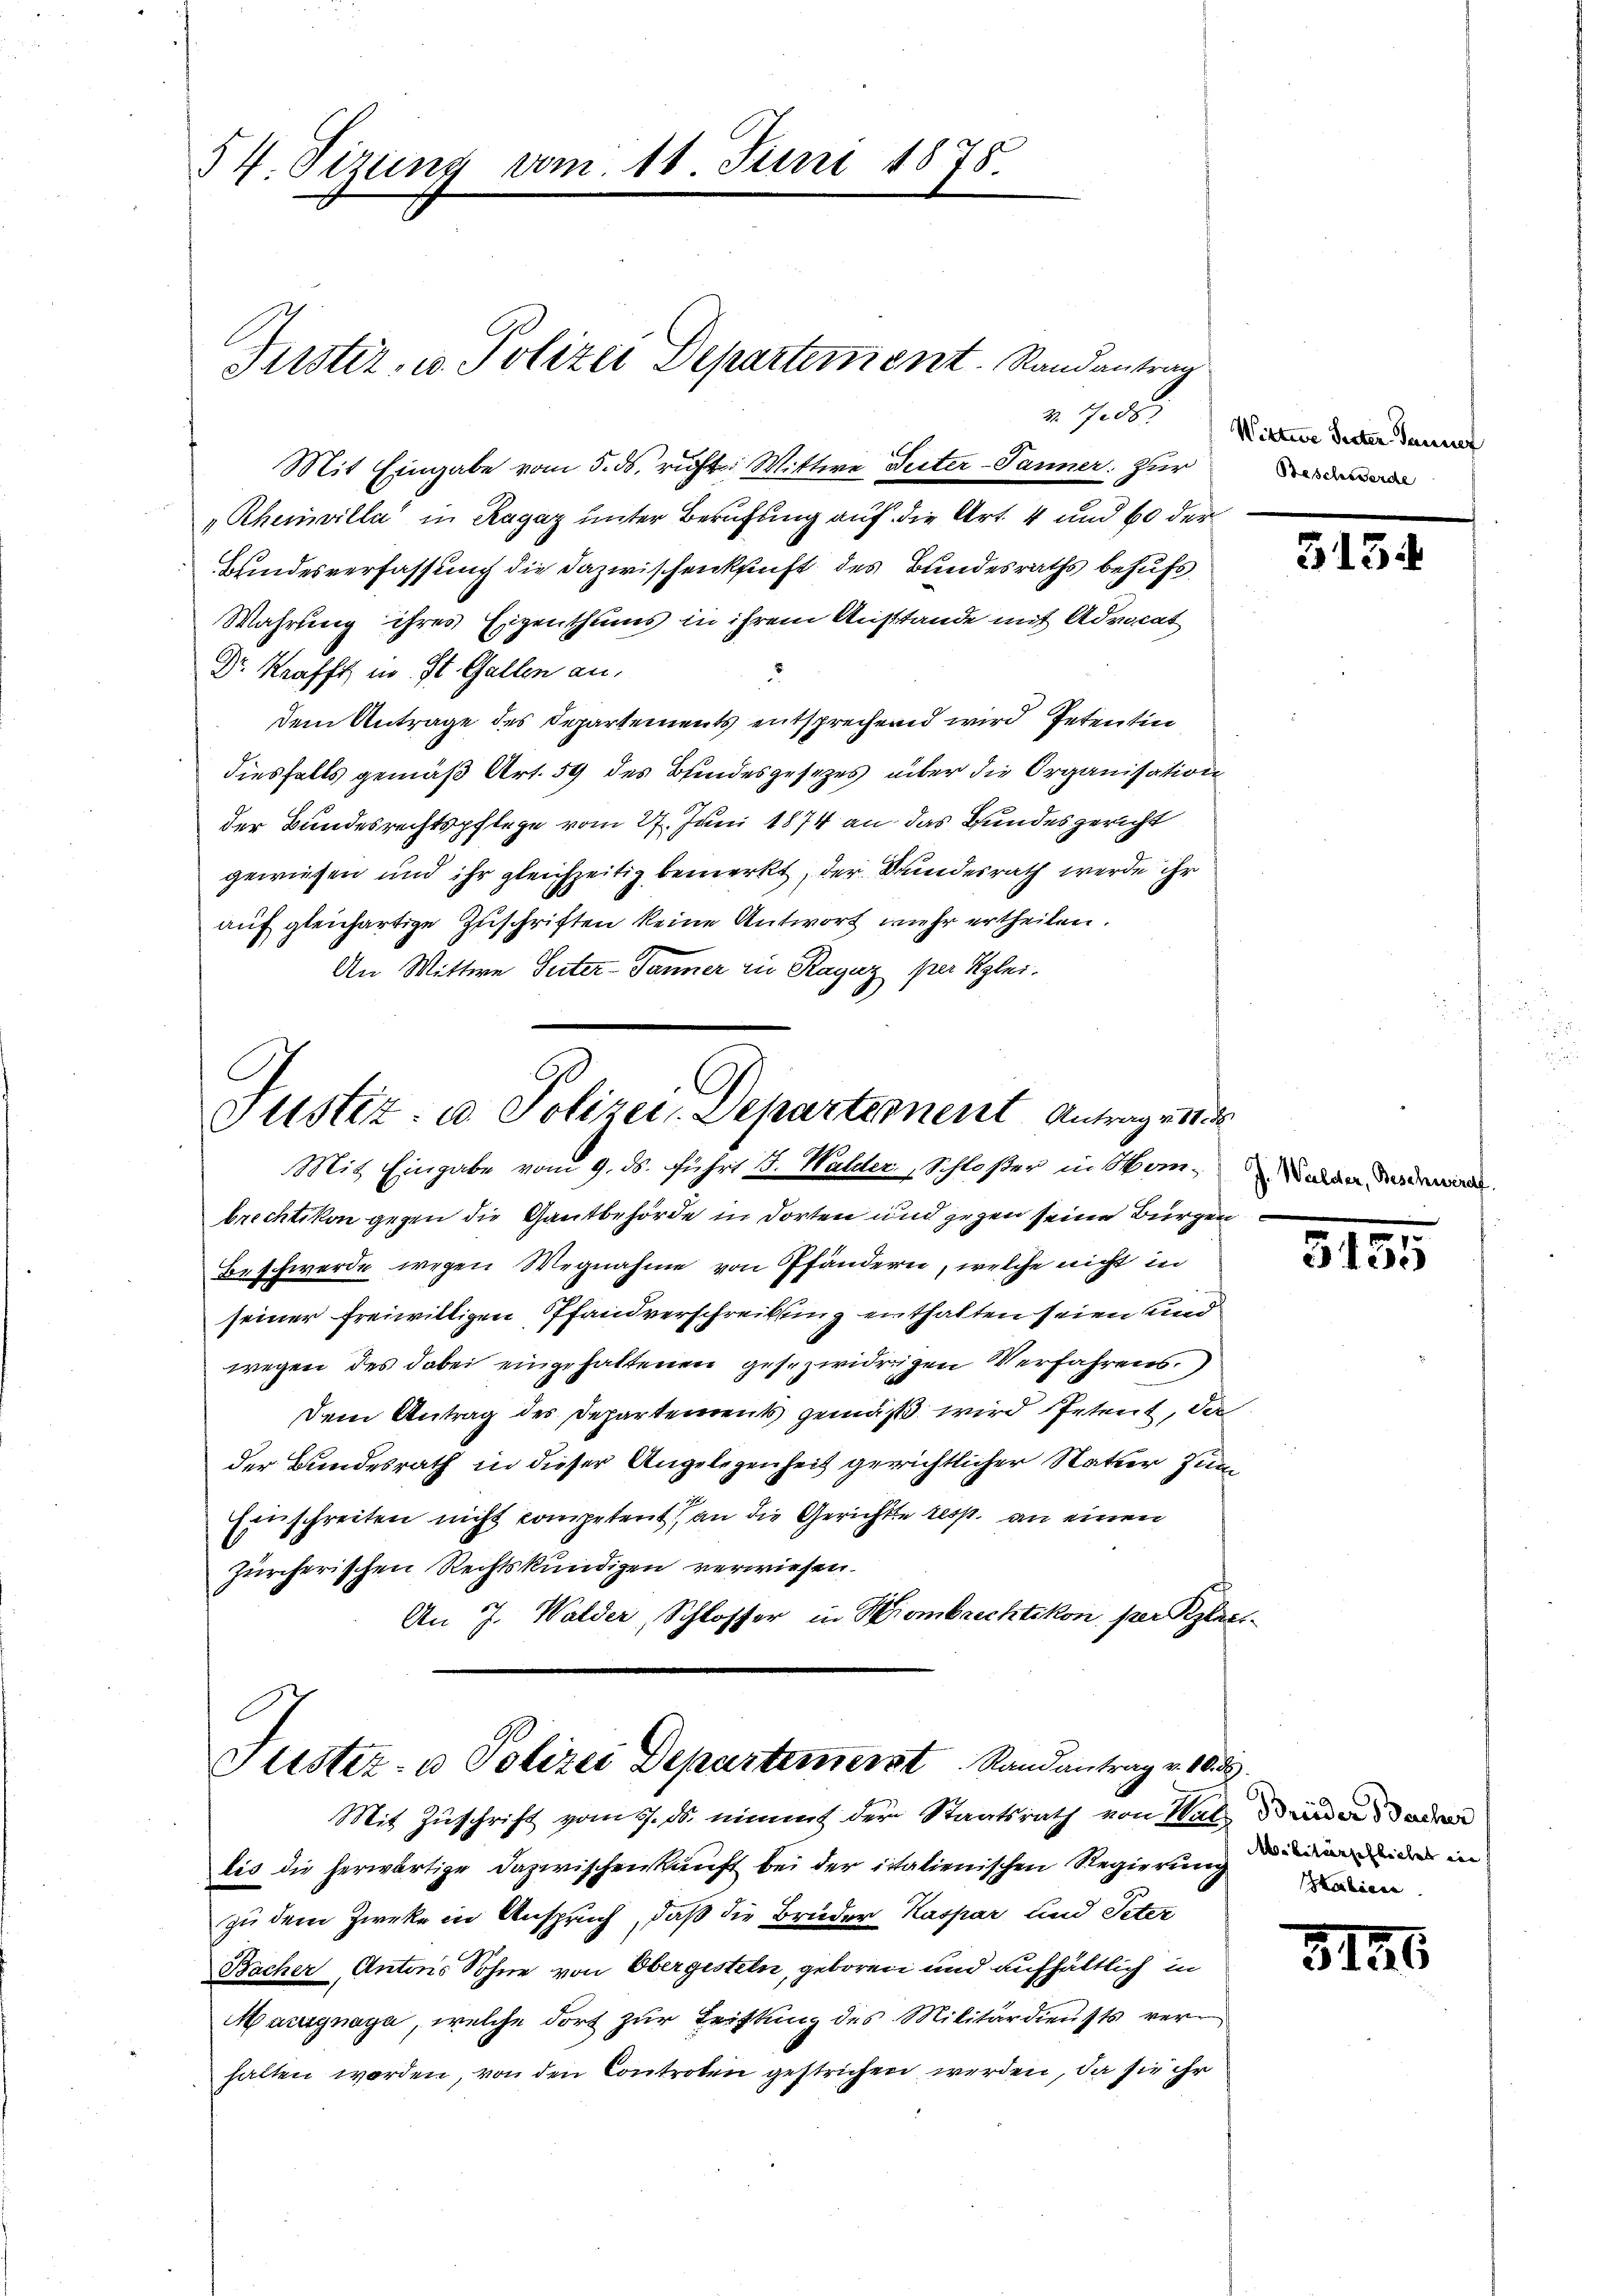
54. Sizung vom 11. Juni 1878.

Mit Eingabe vom 5. ds. ruft. Wittwe Seiter-Panner. Zur
"Rheinvilla in Ragaz unter Berufung auf die Art. 4 und 60 der
Bundesverfassung die Dazwischenkunft des Bundesraths behufs
Wahrung ihres Eigenthums in ihrem Ausstande mit Advocat
Dr. Krafft in St. Gallen an.
dem Antrage des Departements entsprechend wird Petentin
diesfalls gemäß Art. 59 des Bindesgesezes über die Organisation
der Bundesrechtspflege vom 27. Juni 1874 an das Bundesgericht
gewiesen und ihr gleichzeitig bemerkt, der Bundesrath werde ihr
auf gleichartige Zuschriften keine Antwort mehr ertheilen.
An Wittwe Suter- Jänner zu Raguz per Klei¬

Justiz, u. Polizei Departement. Randantrag

Justiz- & Polizei-Departement Antrag ei
Mit Eingabe vom 9. ds. führt B. Walder. Schloßer in Mon¬

r 7000

brechtikon gegen die Gantbehörde in dorten und gegen seine Burgen
Beschwerde wegen Wegnahme von Pfändern, welche nicht in
seiner freiwilligen Pfandverschreibung enthalten seien und
wegen des dabei eingehaltenen gesezwidrigen Verfahrens.
Dem Antrag des Departements gemäß wird Petent, da
der Bundesrath in dieser Angelegenheit gewichtlicher Natur zum
Einschreiten nicht competent an die Gerichte resp. an einen
Zürcherischen Rechtskundigen verwiesen.
An J. Walder, Schlosser in Hombrechtikon, per Klass

Justiz- u Polizei Departement Randantrag v. 1883.
Mit Zuschrift vom 17. ds. nimmt der Staatsrath von Hat Bieder dad

lis die herwärtige Dazwischenkunft bei der italienischen Regierung der in
zu dem Zweke in Anspruch, daß die Bruder Kaspar und Peter
Bacher, Antons Sohne von Obergesteln, geboren und aufhältlich in
Marignaya, welche dort zur Leistung des Militärdiensts verhalten worden, von den Controten gestrichen werden, da sie ihr

Wittwe Seiter Tanner
Beschusserde

313

J. Walder, Beschwerde

3135

kahigen

315